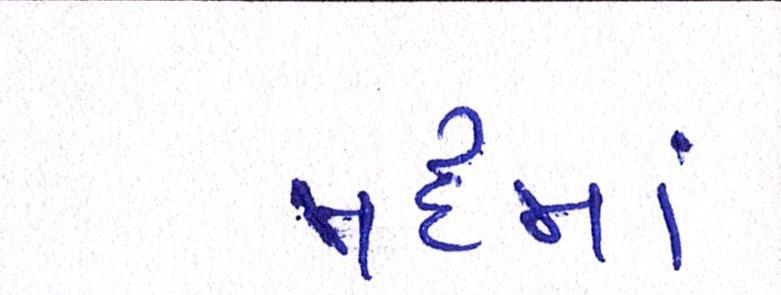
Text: મદમાં